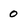
Character: 0